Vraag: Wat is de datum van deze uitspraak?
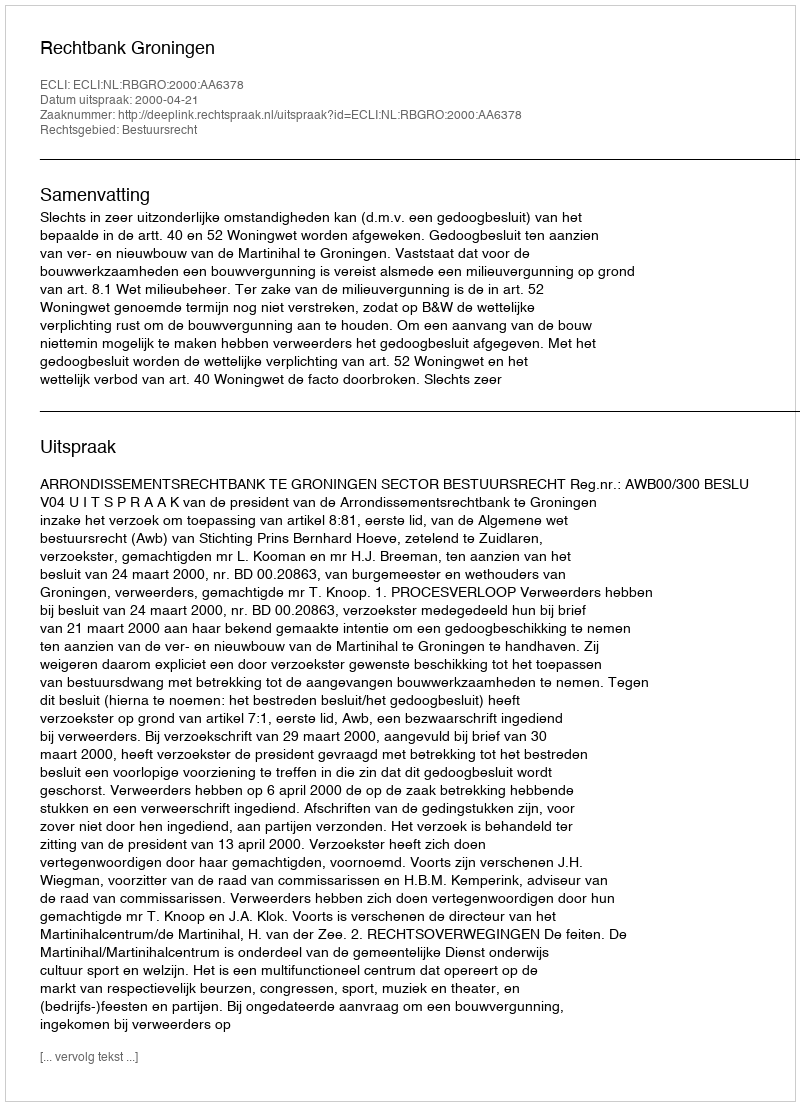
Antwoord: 2000-04-21